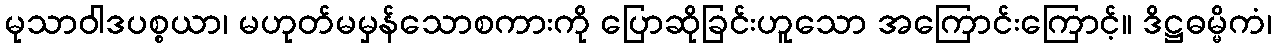
မုသာဝါဒပစ္စယာ၊ မဟုတ်မမှန်သောစကားကို ပြောဆိုခြင်းဟူသော အကြောင်းကြောင့်။ ဒိဋ္ဌဓမ္မိကံ၊